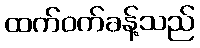
ထက်ဝက်ခန့်သည်